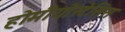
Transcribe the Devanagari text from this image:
होमीयोस्टेसिस